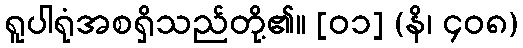
ရူပါရုံအစရှိသည်တို့၏။ [၀၁] (နိ၊ ၄၀၈)